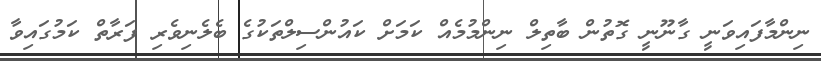
ނިންމާފައިވަނީ ގާނޫނީ ގޮތުން ބާތިލް ނިންމުމެއް ކަމަށް ކައުންސިލްތަކުގެ ބެލެނިވެރި ފަރާތް ކަމުގައިވާ